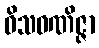
ဝိသဝဏိဇ္ဇာ